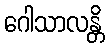
ဂေါသာလန္တိ